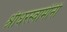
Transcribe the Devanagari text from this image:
श्रीधरस्वामींनी